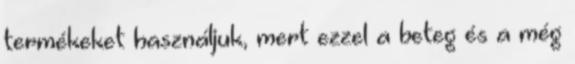
termékeket használjuk, mert ezzel a beteg és a még